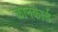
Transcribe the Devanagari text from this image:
कानकार्ड